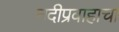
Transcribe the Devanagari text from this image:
नदीप्रवाहाचा